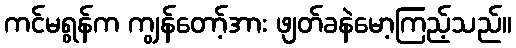
ကင်မရွန်က ကျွန်တော့်အား ဖျတ်ခနဲမော့ကြည့်သည်။